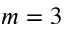
m = 3